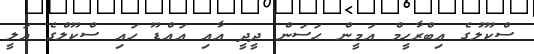
ސްކޫލުގެ އިބްރާހީމް އަމީން ޙަސަން ދީދީ އާއި އައްޑޫ ހައި ސްކޫލްގެ އަލީ